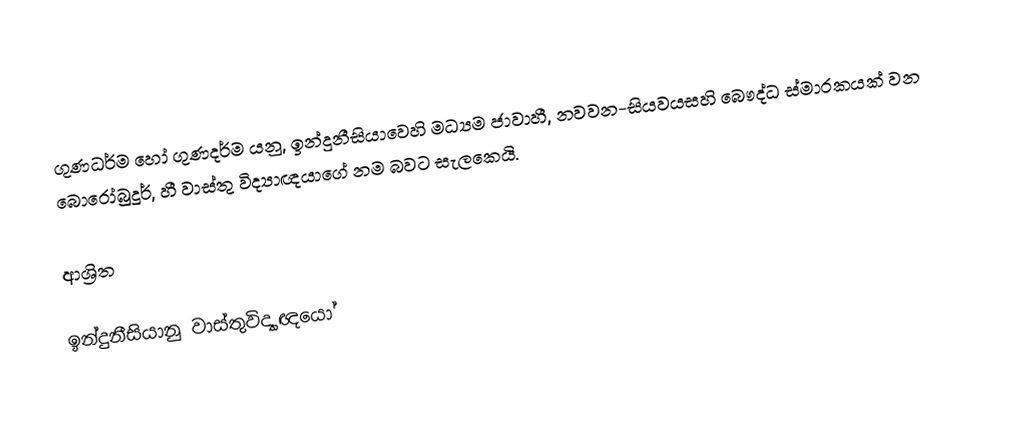
ගුණධර්ම හෝ ගුණදර්ම යනු,  ඉන්දුනීසියාවෙහි මධ්‍යම ජාවාහී,  නවවන-සියවයසහි බෞද්ධ ස්මාරකයක් වන බොරෝබුදූර්, හී වාස්තු විද්‍යාඥයාගේ නම බවට සැලකෙයි.

ආශ්‍රිත

ඉන්දුනීසියානු වාස්තුවිද්‍යාඥයෝ